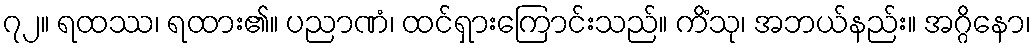
၇၂။ ရထဿ၊ ရထား၏။ ပညာဏံ၊ ထင်ရှားကြောင်းသည်။ ကိံသု၊ အဘယ်နည်း။ အဂ္ဂိနော၊